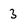
Character: 3